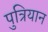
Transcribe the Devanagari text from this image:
पुत्रियान